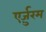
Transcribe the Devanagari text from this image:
एर्ज़ुरम